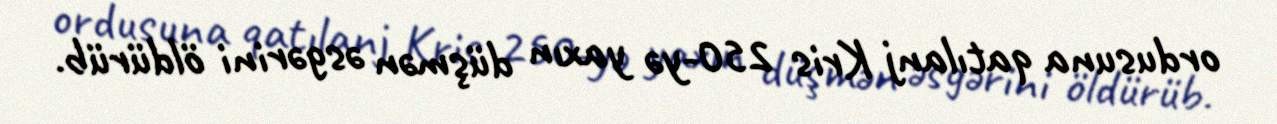
ordusuna qatılanj Kris 250-yə yaxın düşmən əsgərini öldürüb.